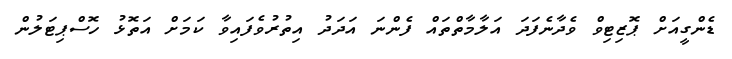
ޑެންގީއަށް ޕޮޒިޓިވް ވެދާނެފަދަ އަލާމާތްތައް ފެންނަ އަދަދު އިތުރުވެފައިވާ ކަމަށް އަތޮޅު ހޮސްޕިޓަލުން